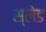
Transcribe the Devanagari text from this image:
स्‍लेड